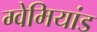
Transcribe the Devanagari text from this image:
ग्वेमियांड